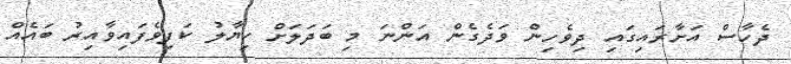
ދެހާސް އަށާރައިގައި ދިވެހިން ވަދެގެން އަންނަ މި ބަދަލަށް ހިޔާލު ކަފިވެފައިވާއިރު ބައެއް